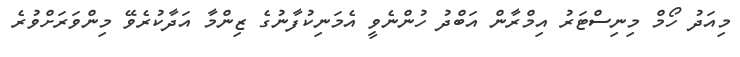
މިއަދު ހޯމް މިނިސްޓަރު އިމްރާން އަބްދު ހުންނެވީ އެމަނިކުފާނުގެ ޒިންމާ އަދާކުރެވޭ މިންވަރަށްވުރެ